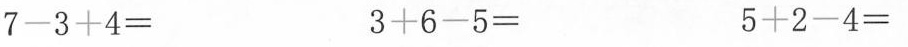
7-3+4= 3+6-5= 5+2-4=